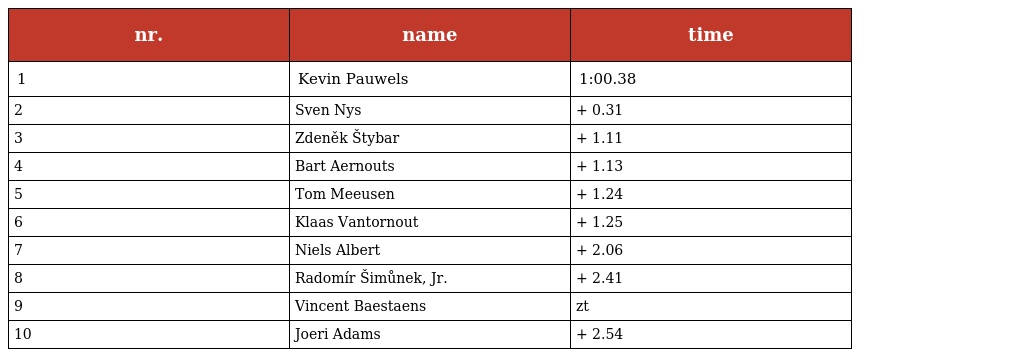
| nr. | name | time |
 | --- | --- | --- |
 | 1 | Kevin Pauwels | 1:00.38 |
 | 2 | Sven Nys | + 0.31 |
 | 3 | Zdeněk Štybar | + 1.11 |
 | 4 | Bart Aernouts | + 1.13 |
 | 5 | Tom Meeusen | + 1.24 |
 | 6 | Klaas Vantornout | + 1.25 |
 | 7 | Niels Albert | + 2.06 |
 | 8 | Radomír Šimůnek, Jr. | + 2.41 |
 | 9 | Vincent Baestaens | zt |
 | 10 | Joeri Adams | + 2.54 |